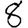
Digit: 8